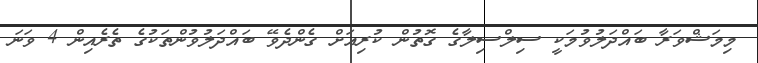
މިމަޝްވަރާ ބައްދަލުވުމަކީ ސިލްސިލާގެ ގޮތުން ކުރިއަށް ގެންދެވޭ ބައްދަލުވުންތަކުގެ ތެރެއިން 4 ވަނަ